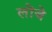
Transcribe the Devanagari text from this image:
लोंजे